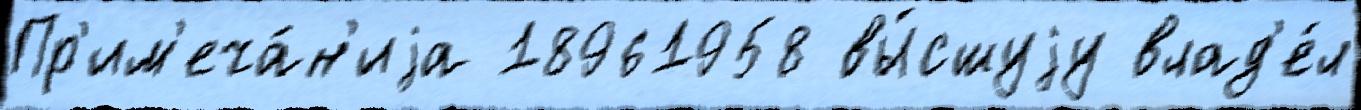
Пр'им'еча́н'иjа 18961958 вы́сшуjу влад'е́л